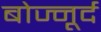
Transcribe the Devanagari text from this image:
बोज्नूर्द